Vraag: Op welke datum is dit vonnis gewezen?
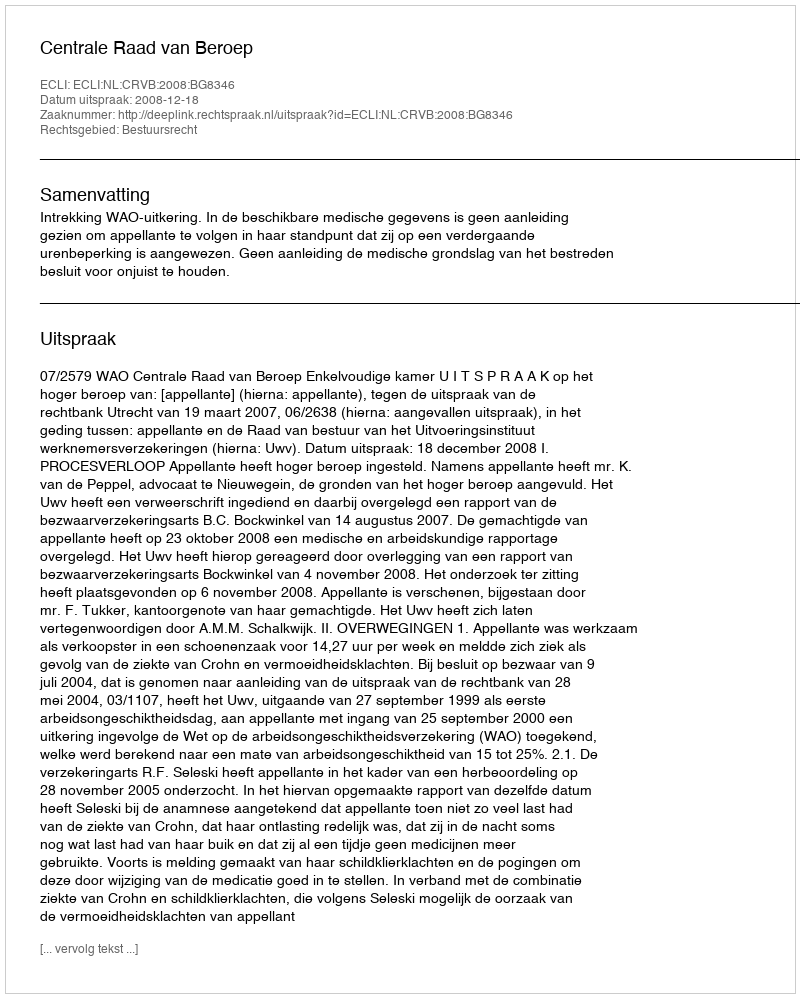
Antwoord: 2008-12-18